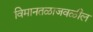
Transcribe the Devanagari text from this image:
विमानतळाजवळील